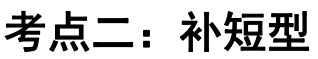
考点二：补短型